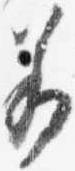
若